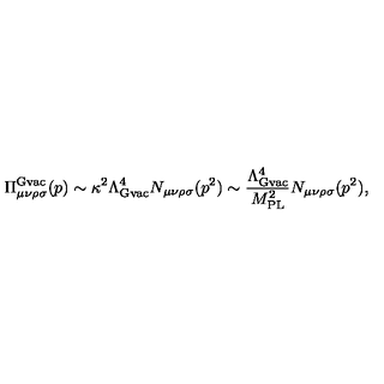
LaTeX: \Pi _ { \mu \nu \rho \sigma } ^ { \mathrm { \mathrm { G v a c } } } ( p ) \sim \kappa ^ { 2 } \Lambda _ { \mathrm { G v a c } } ^ { 4 } N _ { \mu \nu \rho \sigma } ( p ^ { 2 } ) \sim \frac { \Lambda _ { \mathrm { G v a c } } ^ { 4 } } { M _ { \mathrm { P L } } ^ { 2 } } N _ { \mu \nu \rho \sigma } ( p ^ { 2 } ) ,